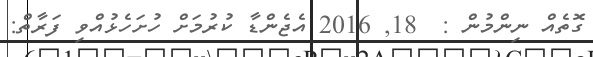
ގޮތެއް ނިންމުން :  18